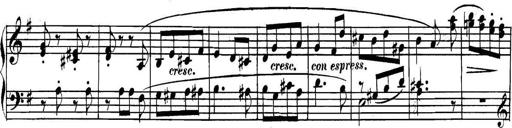
Title: Collected Piano Sonatas
Composer: Muzio Clementi